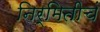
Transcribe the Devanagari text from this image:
निर्मितीचं